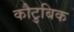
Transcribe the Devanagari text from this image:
कौटुबिक